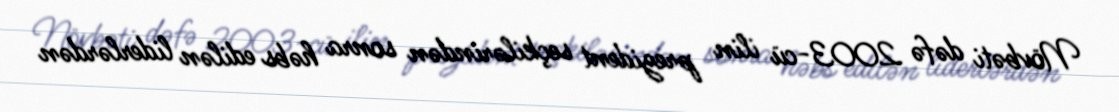
Növbəti dəfə 2003-cü ilin prezident seçkilərindən sonra həbs edilən liderlərdən